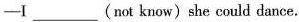
-I___(not know)she could dance.